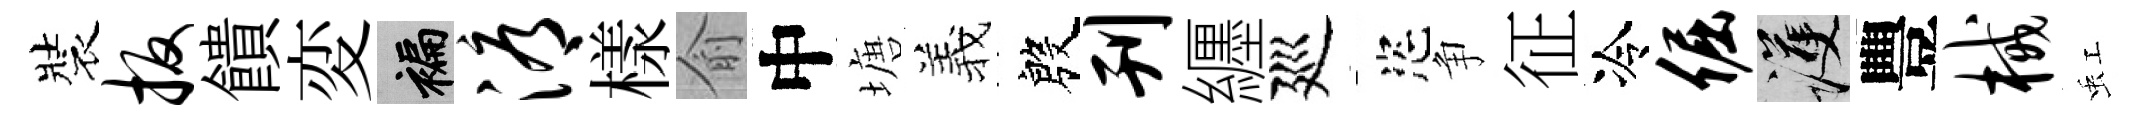
裝扳饋変褊溽樣俞中塘羲殷刊纒廵恣争征冷倔護豐械虹